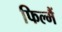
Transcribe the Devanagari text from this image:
फिल्मैं